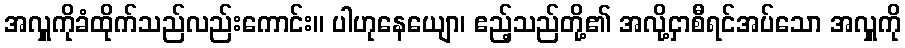
အလှူကိုခံထိုက်သည်လည်းကောင်း။ ပါဟုနေယျော၊ ဧည့်သည်တို့၏ အလို့ငှာစီရင်အပ်သော အလှူကို